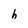
Character: h